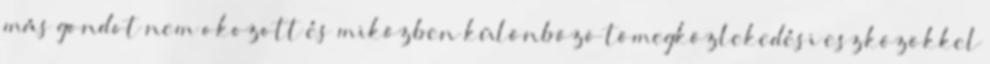
más gondot nem okozott és miközben különbözõ tömegközlekedési eszközökkel